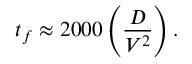
t _ { f } \approx 2 0 0 0 \left( \frac { D } { V ^ { 2 } } \right) .